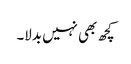
کچھ بھی نہیں بدلا۔